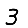
Digit: 3